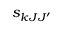
s _ { k J J ^ { \prime } }